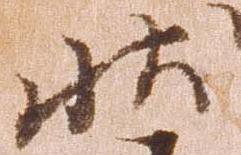
状